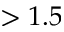
> 1 . 5